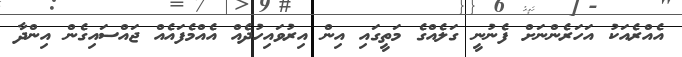
އެއްރެއަކު އަހަރެންނަށް ފެނުނީ ގަލެއްގެ މަތީގައި އިން އިރުވައިހުދެއް އެއްމެފައެއް ޖައްސައިގެން އިންދާ